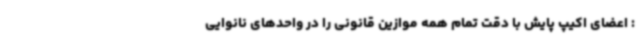
: اعضای اکیپ پایش با دقت تمام همه موازین قانونی را در واحدهای نانوایی